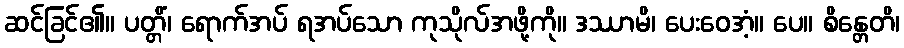
ဆင်ခြင်၏။ ပတ္တိံ၊ ရောက်အပ် ရအပ်သော ကုသိုလ်အဖို့ကို။ ဒဿာမိ၊ ပေးဝေအံ့။ ပေ။ စိန္တေတိ၊